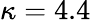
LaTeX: \kappa=4.4